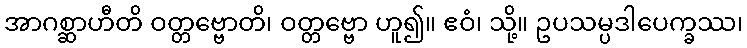
အာဂစ္ဆာဟီတိ ဝတ္တဗ္ဗောတိ၊ ဝတ္တဗ္ဗော ဟူ၍။ ဧဝံ၊ သို့။ ဥပသမ္ပဒါပေက္ခဿ၊